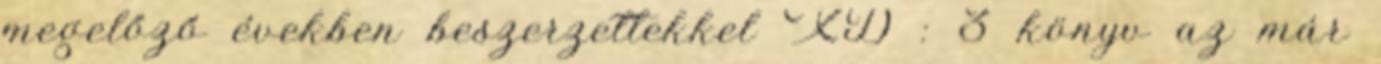
megelőző években beszerzettekkel XD : 3 könyv az már